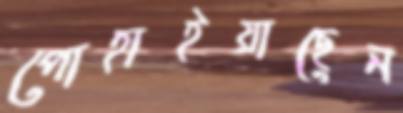
পোহাইয়াছেন